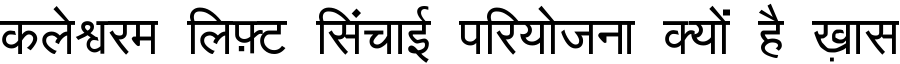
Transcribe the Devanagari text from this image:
कलेश्वरम लिफ़्ट सिंचाई परियोजना क्यों है ख़ास